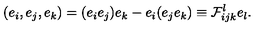
( e _ { i } , e _ { j } , e _ { k } ) = ( e _ { i } e _ { j } ) e _ { k } - e _ { i } ( e _ { j } e _ { k } ) \equiv { \cal F } _ { i j k } ^ { l } e _ { l } .